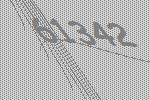
61342